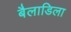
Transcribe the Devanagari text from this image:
बैलाडिला